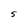
Character: 5